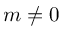
m \neq 0